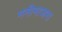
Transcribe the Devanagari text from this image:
मनीमाजरा